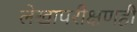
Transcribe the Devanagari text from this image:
लेखापरीक्षणही